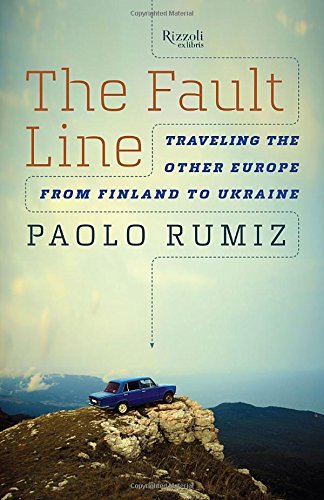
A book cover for The Fault Line: Traveling the Other Europe, From Finland to Ukraine; Paolo Rumiz; Biographies & Memoirs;